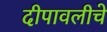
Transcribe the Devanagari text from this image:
दीपावलीचे